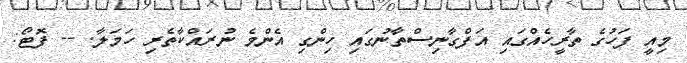
މިއީ ފަހުގެ ތާރީހެއްގައި އަފްގާނިސްތާނުގައި ހިންގި އެންމެ ނުރައްކާތެރި ހަމަލާ. -- ފޮޓޯ: